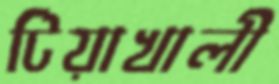
টিয়াখালী